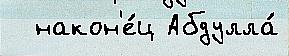
  након'е́ц Абдулла́